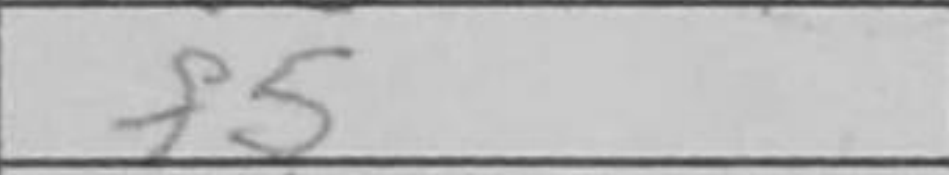
Transcription: f5